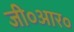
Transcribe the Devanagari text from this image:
जी०आर०